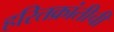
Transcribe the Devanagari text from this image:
हरितक्रांतीची